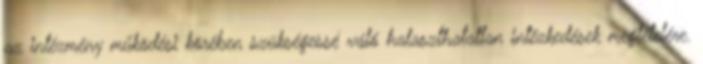
az intézmény működési körében szükségessé váló halaszthatatlan intézkedések megtételére.